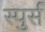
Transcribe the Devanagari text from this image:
स्पुर्स